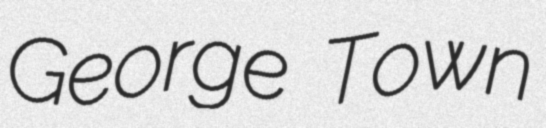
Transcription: George Town